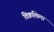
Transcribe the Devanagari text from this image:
विक्रशिला